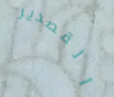
القصدير